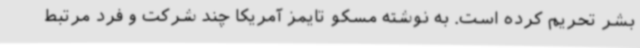
بشر تحریم کرده است. به نوشته مسکو تایمز آمریکا چند شرکت و فرد مرتبط